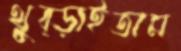
থুব্‌ড়াইতাম